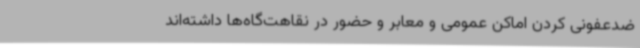
ضدعفونی کردن اماکن عمومی و معابر و حضور در نقاهت‌گاه‌ها داشته‌اند